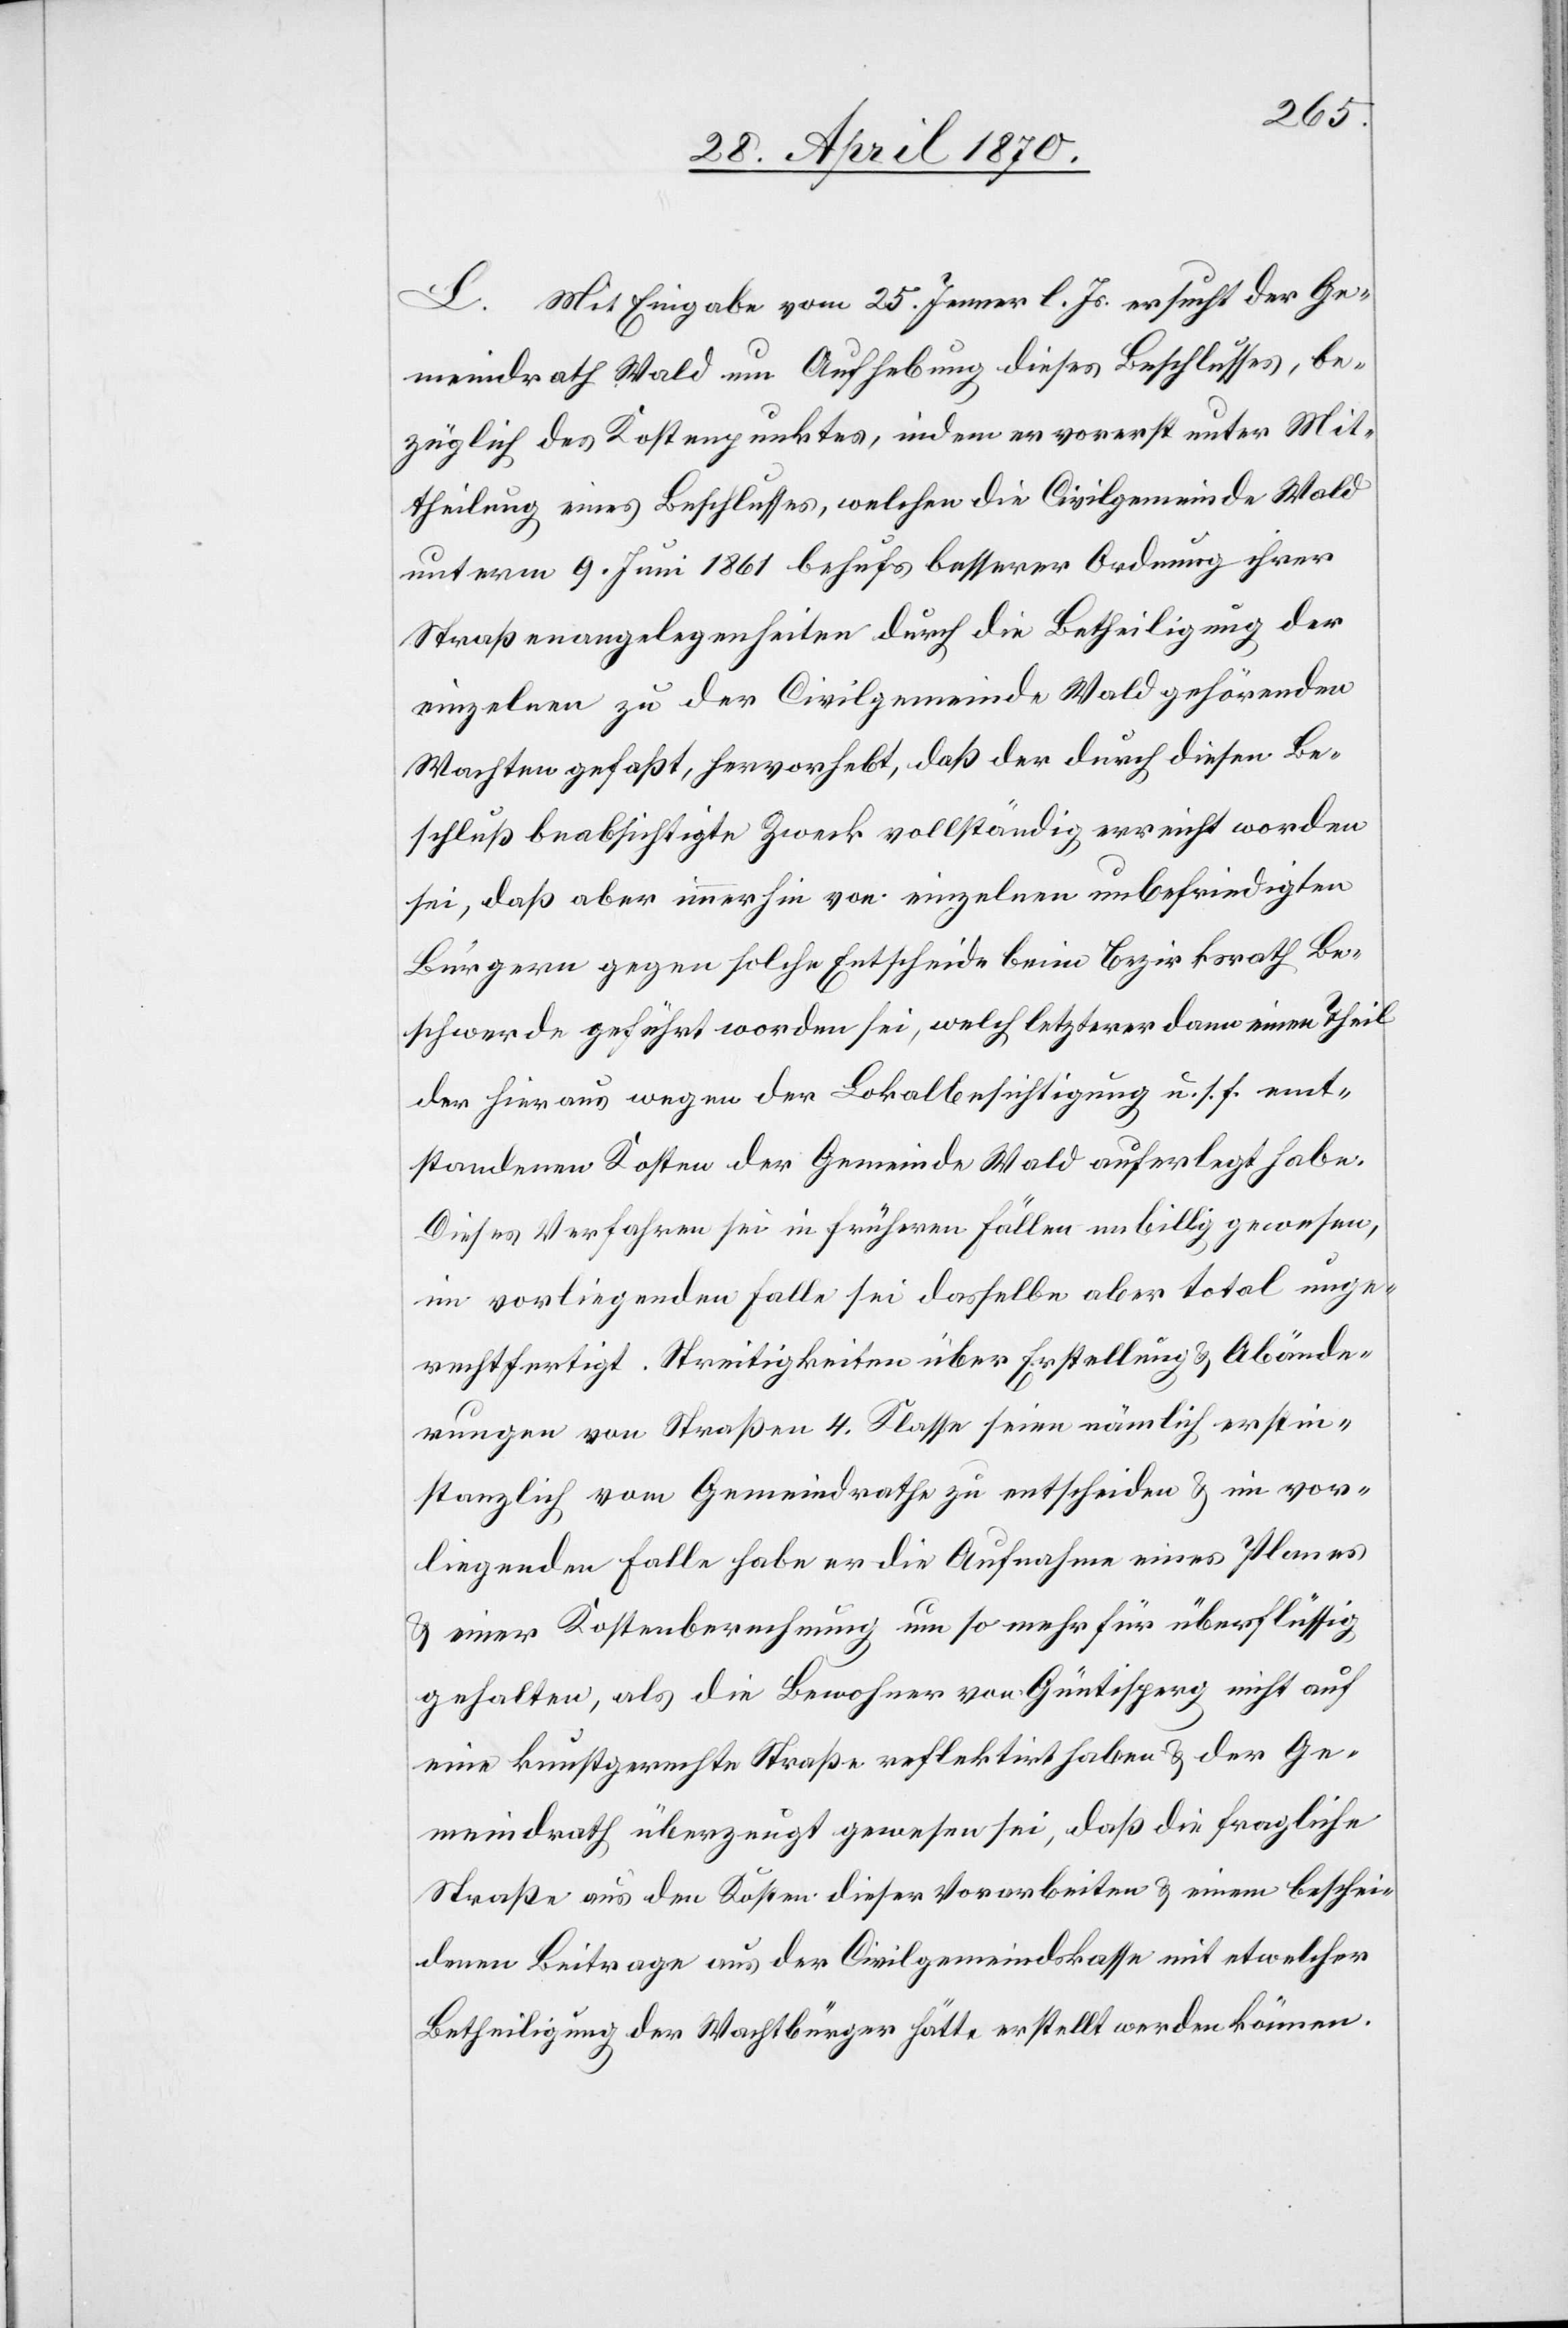
L. Mit Eingabe vom 25. Jenner l. Js. ersucht der Ge¬
meindrath Wald um Aufhebung dieses Beschlusses, be¬
züglich des Kostenpunktes, indem er vorerst unter Mit¬
theilung eines Beschlusses, welchen die Civilgemeinde Wald
unterm 9. Juni 1861 behufs besserer Ordnung ihrer
Straßenangelegenheiten durch die Betheiligung der
einzelnen zu der Civilgemeinde Wald gehörenden
Wachten gefaßt, hervorhebt, daß der durch diesen Be¬
schluß beabsichtigte Zweck vollständig erreicht worden
sei, daß aber immerhin von einzelnen unbefriedigten
Bürgern gegen solche Entscheide beim Bezirksrath Be¬
schwerde geführt worden sei, welch letzterer dann einen Theil
der hieraus wegen der Lokalbesichtigung u. s. f. ent¬
standenen Kosten der Gemeinde Wald auferlegt habe.
Dieses Verfahren sei in früheren Fällen unbillig gewesen,
im vorliegenden Falle sei dasselbe aber total unge¬
rechtfertigt. Streitigkeiten über Erstellung & Abände¬
rungen von Straßen 4. Klasse seien nämlich erstin¬
stanzlich vom Gemeindrathe zu entscheiden & im vor¬
liegenden Falle habe er die Aufnahme eines Planes
& einer Kostenberechnung um so mehr für überflüssig
gehalten, als die Bewohner von Güntisperg [sic!] nicht auf
eine kunstgerechte Straße reflektirt haben & der Ge¬
meindrath überzeugt gewesen sei, daß die fragliche
Straße aus den Kosten dieser Vorarbeiten & einem beschei¬
denen Beitrage aus der Civilgemeindskasse mit etwelcher
Betheiligung der Wachtbürger hätte erstellt werden können.